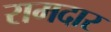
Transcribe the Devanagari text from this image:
रामदार